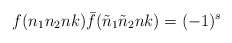
\begin{align*}f(n_1n_2nk){\bar f}({\tilde n}_1{\tilde n}_2nk)=(-1)^s\end{align*}